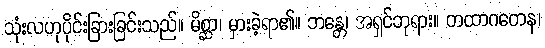
သုံးလဟုပိုင်းခြားခြင်းသည်။ မိစ္ဆာ၊ မှားခဲ့ရာ၏။ ဘန္တေ၊ အရှင်ဘုရား။ တထာဂတေန၊